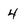
Character: 4